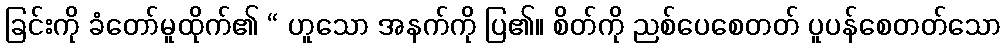
ခြင်းကို ခံတော်မူထိုက်၏ “ ဟူသော အနက်ကို ပြ၏။ စိတ်ကို ညစ်ပေစေတတ် ပူပန်စေတတ်သော